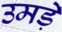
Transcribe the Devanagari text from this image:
उमड़े